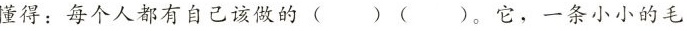
懂得：每个人都有自己该做的( ) ( )。它，一条小小的毛